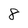
Character: 8